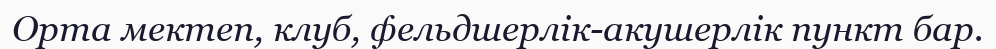
Орта мектеп, клуб, фельдшерлік-акушерлік пункт бар.